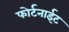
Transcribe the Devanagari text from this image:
फोर्टनाईट